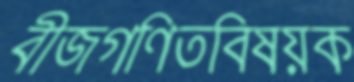
বীজগণিতবিষয়ক